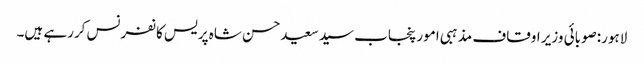
لاہور:صوبائی وزیر اوقاف مذہبی امور پنجاب سیدسعیدحسن شاہ پریس کانفرنس کررہے ہیں۔